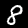
Digit: 8